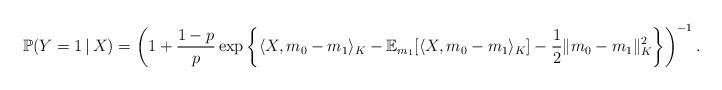
LaTeX: \begin{align*}\mathbb{P}(Y=1\, |\, X) = \left(1 + \frac{1-p}{p} \exp\left\{\langle X,m_0-m_1\rangle_{K} - \mathbb{E}_{m_1}[\langle X,m_0-m_1\rangle_{K}] - \frac{1}{2}\|m_0-m_1\|^2_{K}\right\} \right)^{-1}.\end{align*}